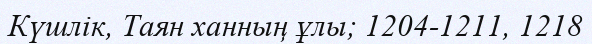
Күшлік, Таян ханның ұлы; 1204-1211, 1218